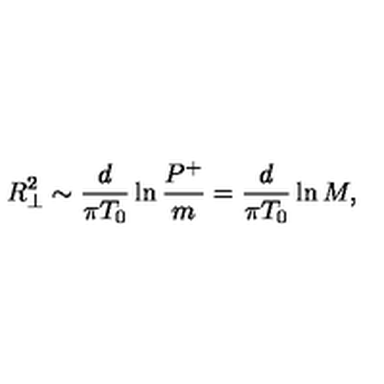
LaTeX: R _ { \perp } ^ { 2 } \sim { \frac { d } { \pi T _ { 0 } } } \ln { \frac { P ^ { + } } { m } } = { \frac { d } { \pi T _ { 0 } } } \ln M ,